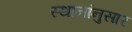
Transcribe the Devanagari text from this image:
स्थानांनुसार